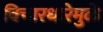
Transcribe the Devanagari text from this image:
विचारधारेमुळे